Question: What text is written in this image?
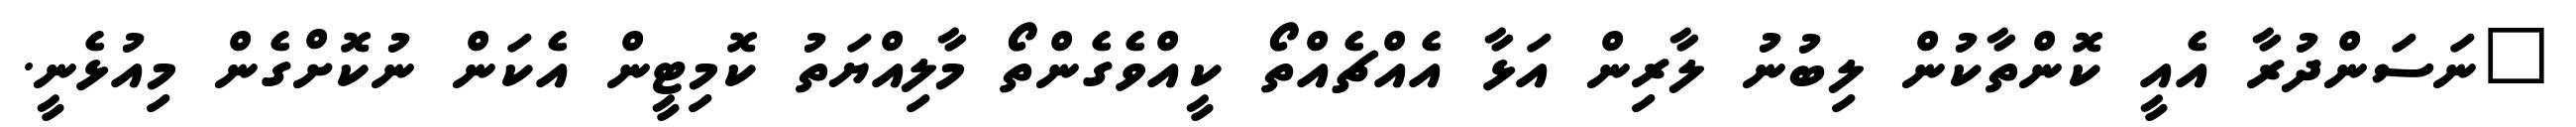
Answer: "ނަސަންދުރާ އެއީ ކޮންތާކުން ލިބުނު ލާރިން އަޅާ އެއްޗެއްތޯ ކީއްވެގެންތޯ މާލިއްޔަތު ކޮމިޓީން އެކަން ނުކޮށްގެން މިއުޅެނީ.